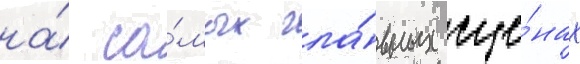
на́ са́мых гла́вных сце́нах